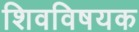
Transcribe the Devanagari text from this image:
शिवविषयक